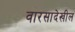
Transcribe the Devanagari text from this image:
वारसादेखील